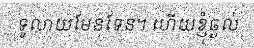
ទូលាយមែនទែន។ ហើយខ្ញុំឆ្ងល់